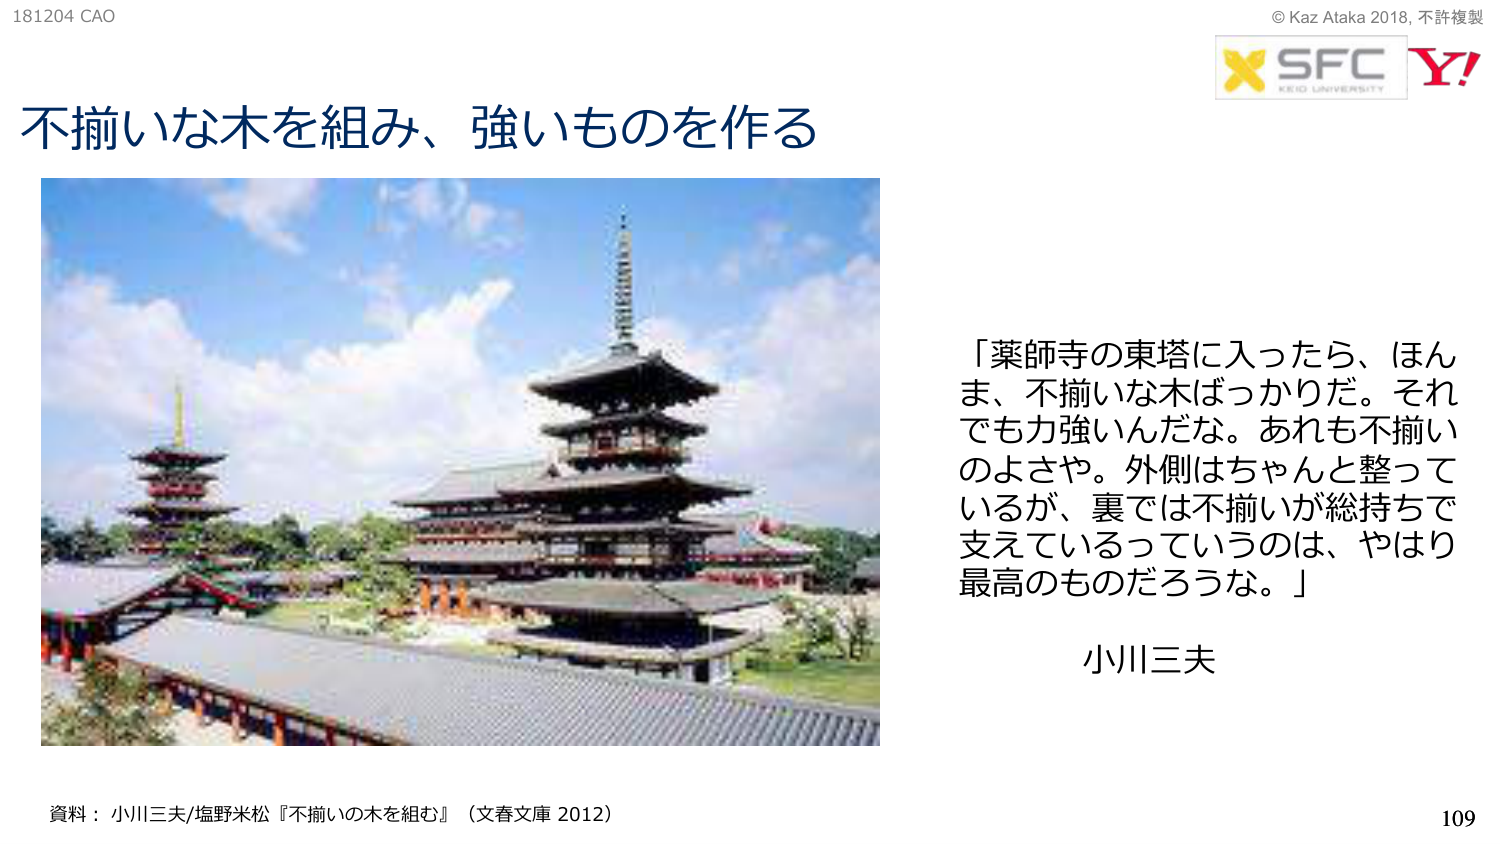
181204 CAO
不揃いな木を組み、強いものを作る
© Kaz Ataka 2018, 不許複製
SFC
KEIO UNIVERSITY
Y!
「薬師寺の東塔に入ったら、ほんま、不揃いな木ばっかりだ。それでも力強いんだな。あれも不揃いのよさや。外側はちゃんと整っているが、裏では不揃いが総持ちで支えているっていうのは、やはり最高のものだろうな。」
小川三夫
資料：小川三夫/塩野米松『不揃いの木を組む』（文春文庫 2012）
109